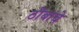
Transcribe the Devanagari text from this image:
ठोंबांचे